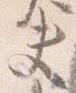
夫